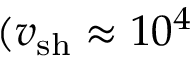
( v _ { \mathrm { s h } } \approx 1 0 ^ { 4 }